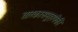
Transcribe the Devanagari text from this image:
तारकासमूहापैकी